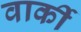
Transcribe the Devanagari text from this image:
वार्की